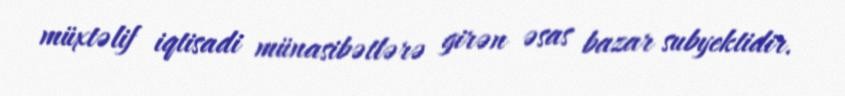
müxtəlif iqtisadi münasibətlərə girən əsas bazar subyektidir.